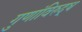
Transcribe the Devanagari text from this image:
गुणांविरुद्ध